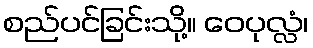
စည်ပင်ခြင်းသို့။ ဝေပုလ္လံ၊